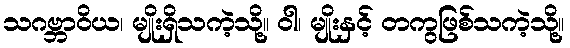
သဂဗ္ဘာဝိယ၊ မျိုးရှိသကဲ့သို့။ ဝါ၊ မျိုးနှင့် တကွဖြစ်သကဲ့သို့။